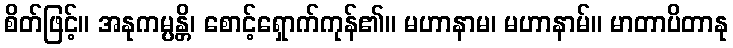
စိတ်ဖြင့်။ အနုကမ္ပန္တိ၊ စောင့်ရှောက်ကုန်၏။ မဟာနာမ၊ မဟာနာမ်။ မာတာပိတာနု